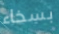
بسخاء